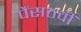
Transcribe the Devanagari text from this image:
पैंसठवीं